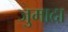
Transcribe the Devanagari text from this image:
जुमादा